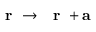
\mathrm { ~ \bf ~ r ~ } \rightarrow \mathrm { ~ \bf ~ r ~ } + { \bf a }